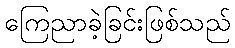
ကြေညာခဲ့ခြင်းဖြစ်သည်